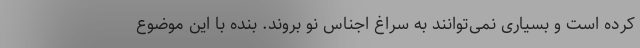
کرده است و بسیاری نمی‌توانند به سراغ اجناس نو بروند. بنده با این موضوع